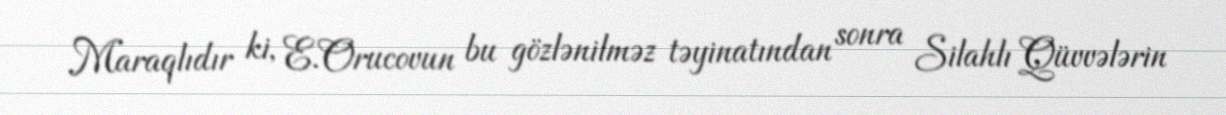
Maraqlıdır ki, E.Orucovun bu gözlənilməz təyinatından sonra Silahlı Qüvvələrin